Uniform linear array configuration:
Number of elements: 64
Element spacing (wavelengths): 0.5
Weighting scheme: hamming
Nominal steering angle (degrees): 0
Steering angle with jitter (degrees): -0.7897
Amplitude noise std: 0.05
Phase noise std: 0.05

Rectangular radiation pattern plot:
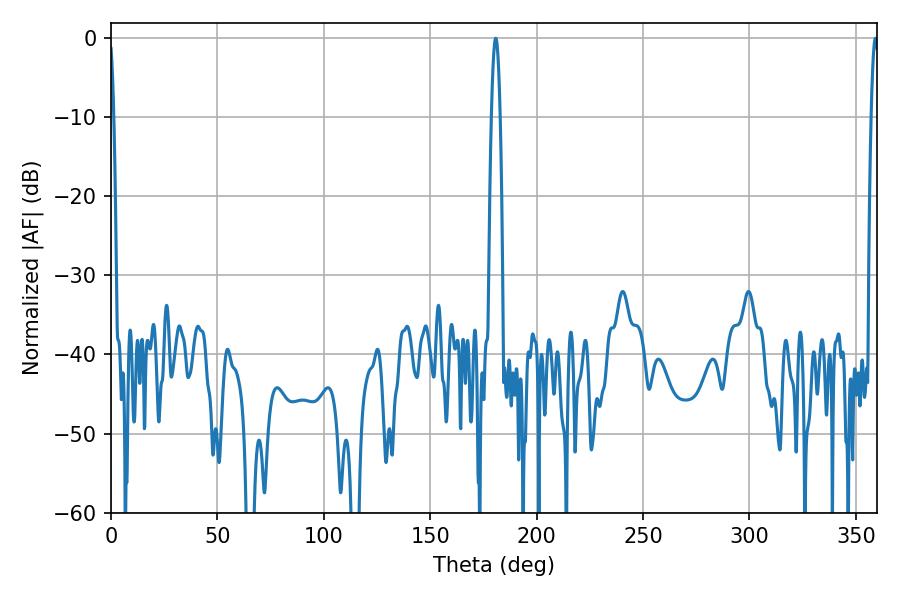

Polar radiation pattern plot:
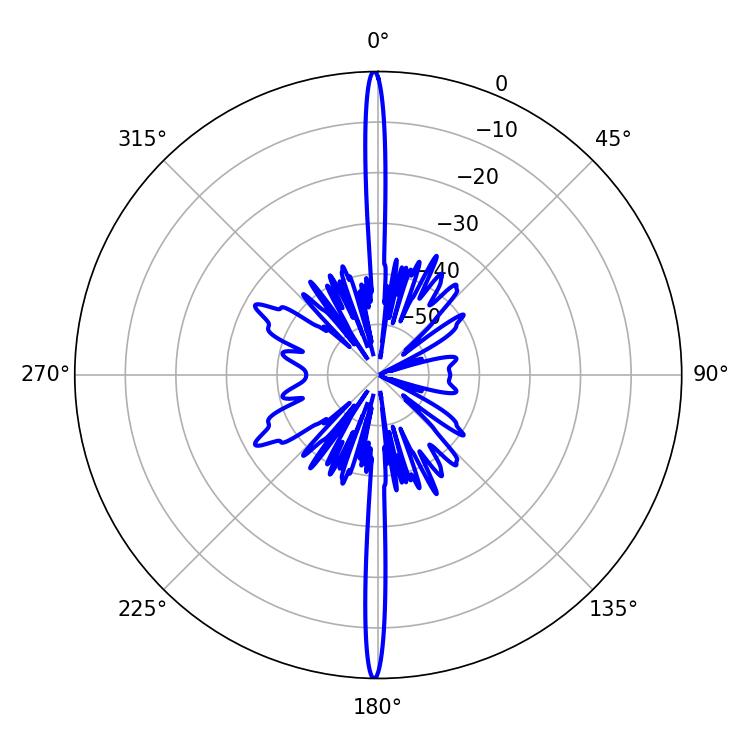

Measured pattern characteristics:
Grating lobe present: FALSE
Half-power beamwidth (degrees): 2.16
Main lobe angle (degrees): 180.72